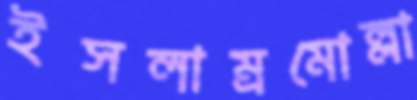
ইসলাম্রমোল্লা